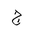
Letter: _gim